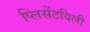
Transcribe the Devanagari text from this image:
प्लिसेंटविली